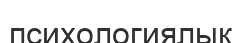
психологиялық